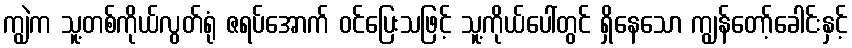
ကျွဲက သူ့တစ်ကိုယ်လွတ်ရုံ ဇရပ်အောက် ဝင်ပြေးသဖြင့် သူ့ကိုယ်ပေါ်တွင် ရှိနေသော ကျွန်တော့်ခေါင်းနှင့်